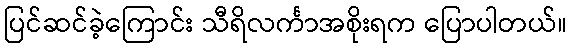
ပြင်ဆင်ခဲ့ကြောင်း သီရိလင်္ကာအစိုးရက ပြောပါတယ်။